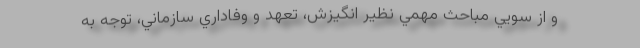
و از سويي مباحث مهمي نظير انگيزش، تعهد و وفاداري سازماني، توجه به